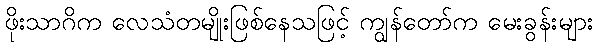
ဖိုးသာဂိက လေသံတမျိုးဖြစ်နေသဖြင့် ကျွန်တော်က မေးခွန်းများ